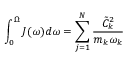
\int _ { 0 } ^ { \Omega } J ( \omega ) d \omega = \sum _ { j = 1 } ^ { N } \frac { \tilde { C } _ { k } ^ { 2 } } { m _ { k } \omega _ { k } }